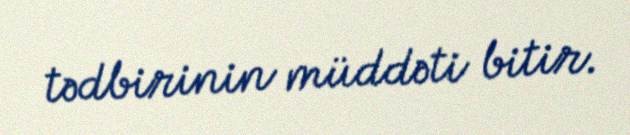
tədbirinin müddəti bitir.